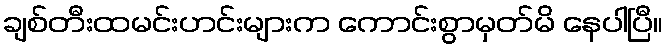
ချစ်တီးထမင်းဟင်းများက ကောင်းစွာမှတ်မိ နေပါပြီ။